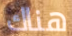
هناك